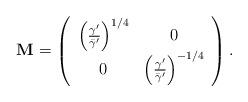
LaTeX: \begin{align*}{\bf M}=\left(\begin{array}{cc}\left({\gamma'\over\bar{\gamma}'}\right)^{1/4} & 0 \\0 & \left({\gamma'\over\bar{\gamma}'}\right)^{- 1/4}\end{array}\right).\end{align*}